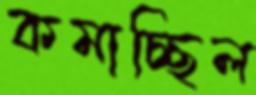
কমাচ্ছিল